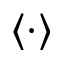
\langle \cdot \rangle